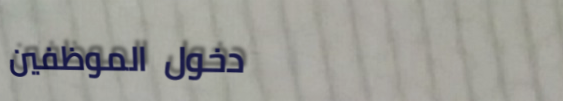
دخول الموظفين